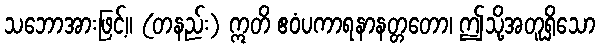
သဘောအားဖြင့်။ (တနည်း) ဣတိ ဧဝံပကာရနာနတ္တတော၊ ဤသို့အတူရှိသော